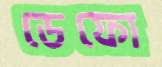
ডেফো